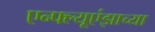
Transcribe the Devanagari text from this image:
एन्फ्ल्यूएंझाच्या